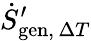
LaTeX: {\dot{S}}_{\mathrm{gen},\, \Delta T}^{\prime}